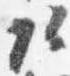
頭